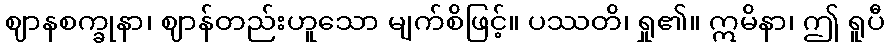
ဈာနစက္ခုနာ၊ ဈာန်တည်းဟူသော မျက်စိဖြင့်။ ပဿတိ၊ ရှု၏။ ဣမိနာ၊ ဤ ရူပီ